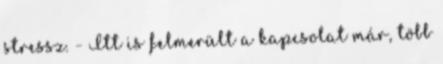
stressz. - Itt is felmerült a kapcsolat már, több